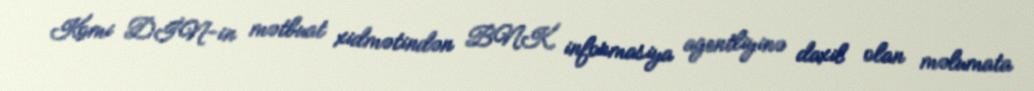
Komi DİN-in mətbuat xidmətindən BNK informasiya agentliyinə daxil olan məlumata